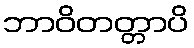
ဘာဝိတတ္တာပိ